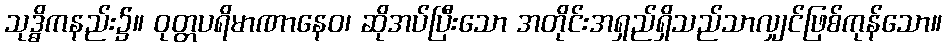
သုဒ္ဓိကနည်း၌။ ဝုတ္တပရိမာဏာနေဝ၊ ဆိုအပ်ပြီးသော အတိုင်းအရှည်ရှိသည်သာလျှင်ဖြစ်ကုန်သော။